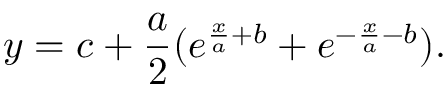
y = c + \frac { a } { 2 } ( e ^ { \frac { x } { a } + b } + e ^ { - \frac { x } { a } - b } ) .